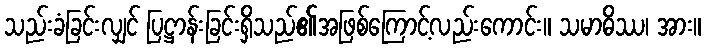
သည်းခံခြင်းလျှင် ပြဋ္ဌာန်းခြင်းရှိသည်၏အဖြစ်ကြောင့်လည်းကောင်း။ သမာဓိဿ၊ အား။